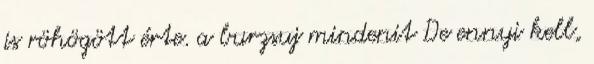
is röhögött érte. a burzsuj mindenit De ennyi kell,